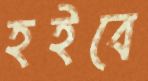
হইবে